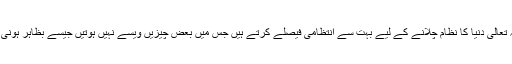
یعنی اللہ تعالیٰ دنیا کا نظام چلانے کے لیے بہت سے انتظامی فیصلے کرتے ہیں جس میں بعض چیزیں ویسے نہیں ہوتیں جیسے بظاہر ہونی چاہییں ۔